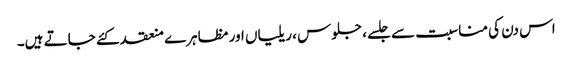
اس دن کی مناسبت سے جلسے، جلوس ، ریلیاں اور مظاہرے منعقد کئے جاتے ہیں۔